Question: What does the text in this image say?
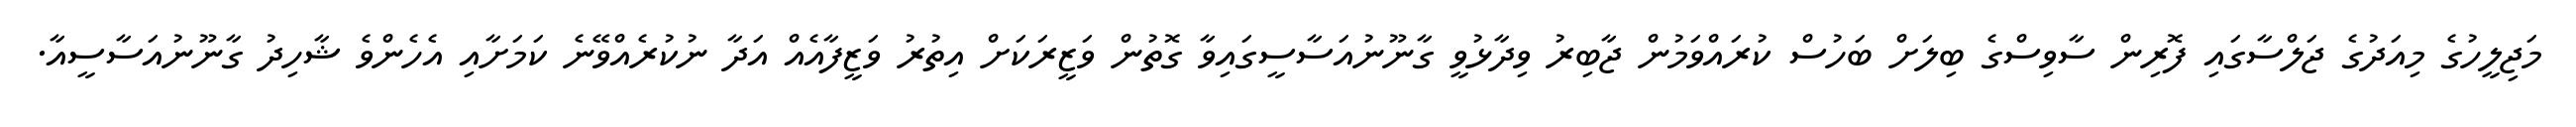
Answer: މަޖިލީހުގެ މިއަދުގެ ޖަލްސާގައި ފޮރިން ސާވިސްގެ ބިލަށް ބަހުސް ކުރައްވަމުން ޖާބިރު ވިދާޅުވީ ގާނޫނުއަސާސީގައިވާ ގޮތުން ވަޒީރަކަށް އިތުރު ވަޒީފާއެއް އަދާ ނުކުރެއްވޭނެ ކަމަށާއި އެހެންވެ ޝާހިދު ގާނޫނުއަސާސީއާ.